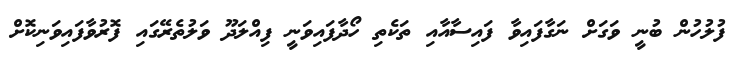
ފުލުހުން ބުނީ ވަގަށް ނަގާފައިވާ ފައިސާއާއި ތަކެތި ހޯދާފައިވަނީ ފިއްލަދޫ ވަލުތެރޭގައި ފޮރުވާފައިވަނިކޮށް